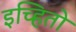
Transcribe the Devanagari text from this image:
इच्हितो